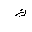
Letter: _kaf